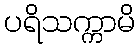
ပရိသက္ကာမိ